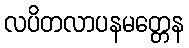
လပိတလာပနမတ္တေန